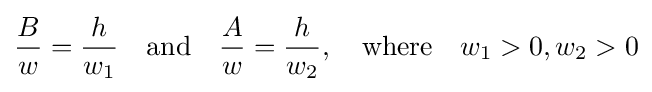
{\frac {B}{w}}={\frac {h}{w_{1}}}\quad {\text{and}}\quad {\frac {A}{w}}={\frac {h}{w_{2}}},\quad {\text{where}}\quad w_{1}>0,w_{2}>0